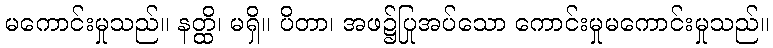
မကောင်းမှုသည်။ နတ္ထိ၊ မရှိ။ ပိတာ၊ အဖ၌ပြုအပ်သော ကောင်းမှုမကောင်းမှုသည်။